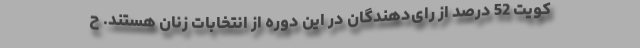
کویت 52 درصد از رای‌دهندگان در این دوره از انتخابات زنان هستند. ح